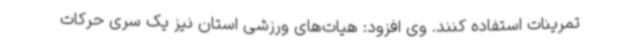
تمرینات استفاده کنند. وی افزود: هیات‌های ورزشی استان نیز یک سری حرکات